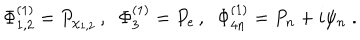
\Phi _ { 1 , 2 } ^ { ( 1 ) } = P _ { \chi _ { 1 , 2 } } \, , \; \; \Phi _ { 3 } ^ { ( 1 ) } = P _ { e } \, , \; \; \Phi _ { 4 n } ^ { ( 1 ) } = P _ { n } + i \psi _ { n } \; .